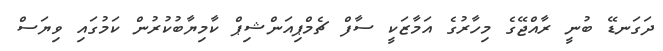
ދަގަނޑޭ ބުނީ ރާއްޖޭގެ މިހާރުގެ އަމާޒަކީ ސާފް ޗެމްޕިއަންޝިޕް ކާމިޔާބުކުރުން ކަމުގައި ވިޔަސް